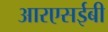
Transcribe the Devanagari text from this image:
आरएसईबी